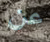
عن